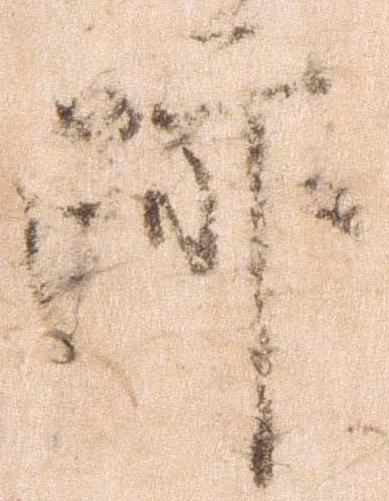
跡